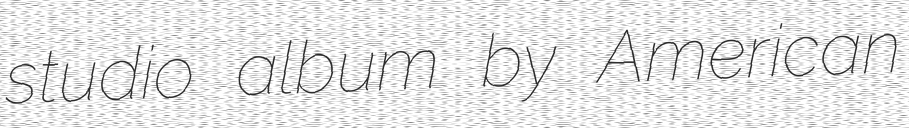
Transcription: studio album by American